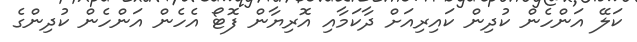
ކަލޭ އަންހެން ކުދިން ކައިރިއަށް ދާކަމާއި އޮރިޔާން ފޮޓޯ އެހެން އަންހެން ކުދިންގެ